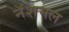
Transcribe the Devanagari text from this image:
नॅशमल